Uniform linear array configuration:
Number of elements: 24
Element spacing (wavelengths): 1
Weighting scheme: blackman
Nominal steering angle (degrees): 45
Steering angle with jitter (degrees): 44.563
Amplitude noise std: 0.05
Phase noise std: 0.05

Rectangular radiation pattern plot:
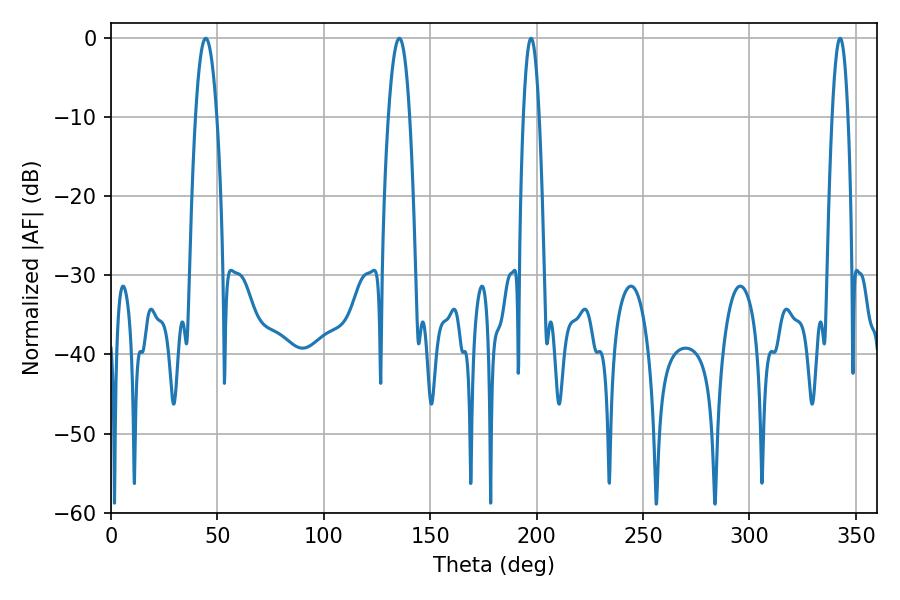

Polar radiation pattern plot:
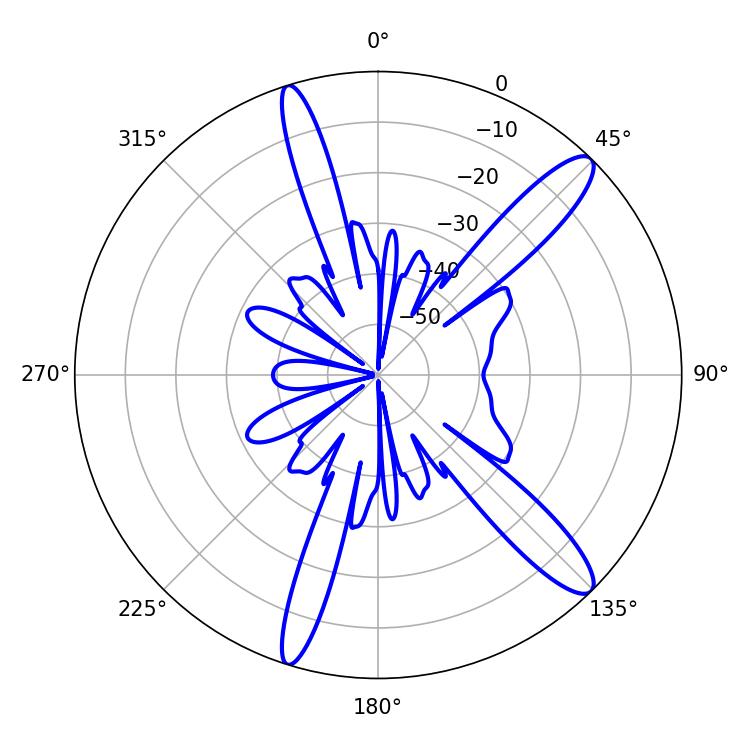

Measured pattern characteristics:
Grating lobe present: TRUE
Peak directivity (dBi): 13.024
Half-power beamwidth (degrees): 5.58
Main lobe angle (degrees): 44.46